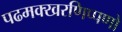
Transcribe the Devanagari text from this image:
पढमक्खरणिप्पणो